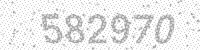
Solution: 582970